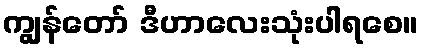
ကျွန်တော် ဒီဟာလေးသုံးပါရစေ။